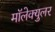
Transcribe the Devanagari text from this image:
मॉलेक्‍युलर